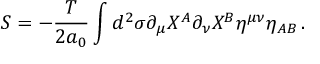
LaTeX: S = - \frac { T } { 2 a _ { 0 } } \int d ^ { 2 } \sigma \partial _ { \mu } X ^ { A } \partial _ { \nu } X ^ { B } \eta ^ { \mu \nu } \eta _ { A B } \, .